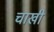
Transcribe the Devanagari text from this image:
चाखी